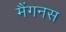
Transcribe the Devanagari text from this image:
मैंगनस